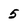
Character: 5